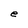
Character: n